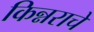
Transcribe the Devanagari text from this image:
किन्नराचे